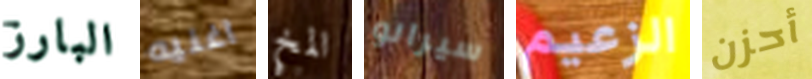
البارز اغنيه المخ سيرانو الزعيم أحزن